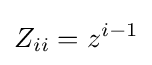
Z_{ii}=z^{i-1}